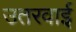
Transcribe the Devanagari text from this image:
उतरवाई